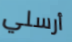
أرسلي